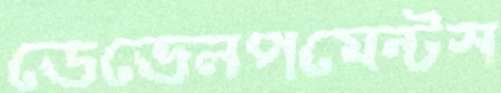
ডেভেলপমেন্টস